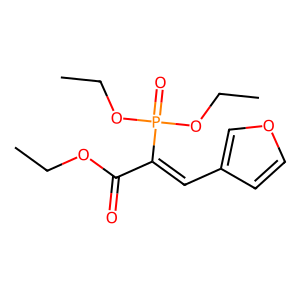
SMILES: CCOC(=O)C(=Cc1ccoc1)P(=O)(OCC)OCC
Inhibits HIV replication: No